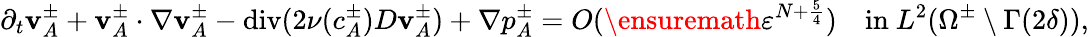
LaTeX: \partial_{t}\mathbf{v}_{A}^{\pm}+\mathbf{v}_{A}^{\pm}\cdot\nabla\mathbf{v}_{A}^{\pm}-\operatorname{div}(2\nu(c_{A}^{\pm})D\mathbf{v}_{A}^{\pm})+\nabla p_{A}^{\pm}=O(\ensuremath{\varepsilon}^{N+\frac 54})\quad\mathrm{in~}L^{2}(\Omega^{\pm}\setminus\Gamma(2\delta)),